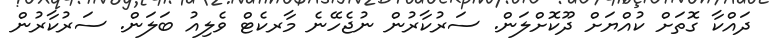
ދައްކާ ގޮތަށް ކުއްޔަށް ދޫކޮށްލަން. ސަރުކާރުން ނުޖެހޭނެ މާރކެޓް ވެލިއު ބަލަން. ސަރުކާރުން